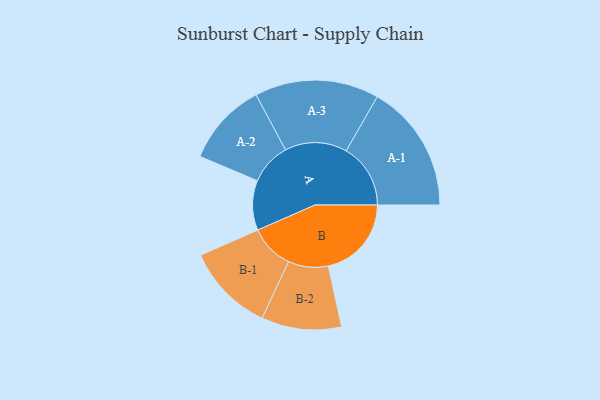
{"axis": {"x": "Segment", "y": "Value"}, "legend": ["", "A", "B"], "data": [{"x": "A", "y": 178, "type": ""}, {"x": "B", "y": 297, "type": ""}, {"x": "A-1", "y": 230, "type": "A"}, {"x": "A-2", "y": 149, "type": "A"}, {"x": "A-3", "y": 222, "type": "A"}, {"x": "B-1", "y": 158, "type": "B"}, {"x": "B-2", "y": 143, "type": "B"}]}